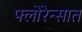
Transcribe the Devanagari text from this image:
फ्लोरेन्सात